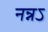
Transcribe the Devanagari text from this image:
नन्नऽ